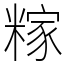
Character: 糘